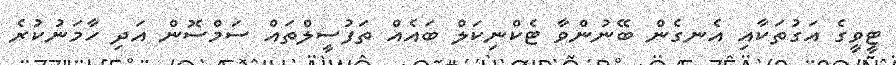
ޓީވީގެ އަގުތަކާއި އެނގެން ބޭނުންވާ ޓެކްނިކަލް ބައެއް ތަފުސީލްތައް ސަމްސޮން އަދި ހާމަނުކުރެ